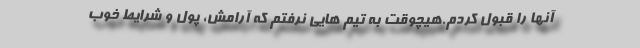
آنها را قبول کردم.هیچوقت به تیم هایی نرفتم که آرامش، پول و شرایط خوب